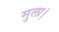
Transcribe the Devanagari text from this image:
मुला।